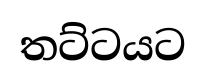
තට්ටයට